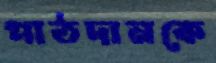
পাঠদানকে